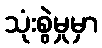
သုံးစွဲမှုမှာ